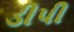
ડીપી